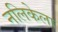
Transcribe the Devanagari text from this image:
नलिकेला